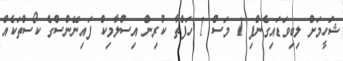
ޝަހީމަށް ލިބިވަޑައިގެންފި 1 މަސް 1 ހަފްތާ ކުރިން އިސްލާމިކް ފައިނޭންސްގެ ކޯސްތަކެއް